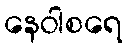
နေဝါစရေ